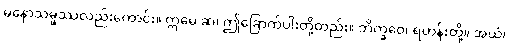
မနောသမ္ဖဿလည်းကောင်း။ ဣမေ ဆ၊ ဤခြောက်ပါးတို့တည်း။ ဘိက္ခဝေ၊ ရဟန်းတို့။ အယံ၊